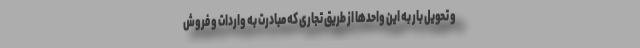
و تحویل بار به این واحدها از طریق تجاری که مبادرت به واردات و فروش